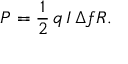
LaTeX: P = { \frac { 1 } { 2 } } \, q \, I \, \Delta f R .